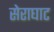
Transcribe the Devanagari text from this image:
सेराघाट